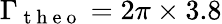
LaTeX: \Gamma_{\mathrm{~t~h~e~o~}}=2\pi\times 3.8